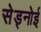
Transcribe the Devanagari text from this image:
सेड्नोई